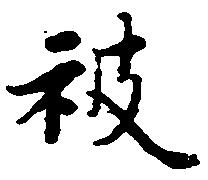
被